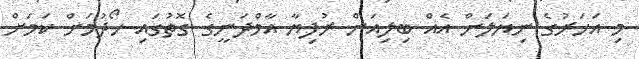
މި އަހަރުގެ ނިޔަލަށް އެއް ބިލިއަން ރުފިޔާ އާމްދަނީގެ ގޮތުގައި ހޯދުމަށް ކަމަށް